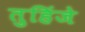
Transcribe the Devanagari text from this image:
तुहिंजे